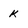
Character: k